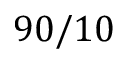
9 0 / 1 0